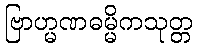
ဗြာဟ္မဏဓမ္မိကသုတ္တ